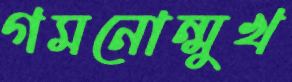
গমনোন্মুখ